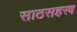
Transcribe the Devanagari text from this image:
साठसहस्त्र